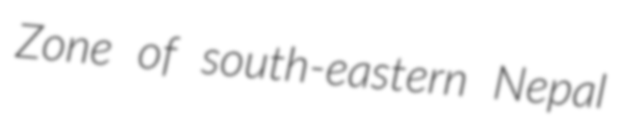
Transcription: Zone of south-eastern Nepal